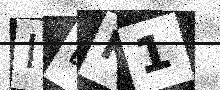
Text: ILK1